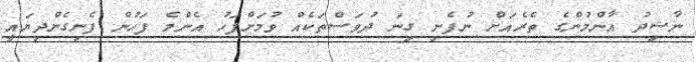
ނާޝިދު އާންމުންގެ ތެރެއަށް ނުފެނި ގިނަ ދުވަސްތަކެއް ވުމަށްފަހު އެންމެ ފަހުން ފެނިގެންދިޔައީ